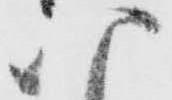
八